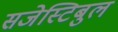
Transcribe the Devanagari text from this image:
सजेस्टिबुल